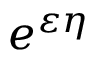
e ^ { \varepsilon \eta }